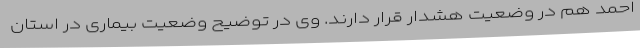
احمد هم در وضعیت هشدار قرار دارند. وی در توضیح وضعیت بیماری در استان